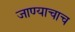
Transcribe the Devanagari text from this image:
जाण्याचाच